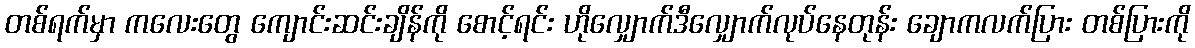
တစ်ရက်မှာ ကလေးတွေ ကျောင်းဆင်းချိန်ကို စောင့်ရင်း ဟိုလျှောက်ဒီလျှောက်လုပ်နေတုန်း ချောကလက်ပြား တစ်ပြားကို